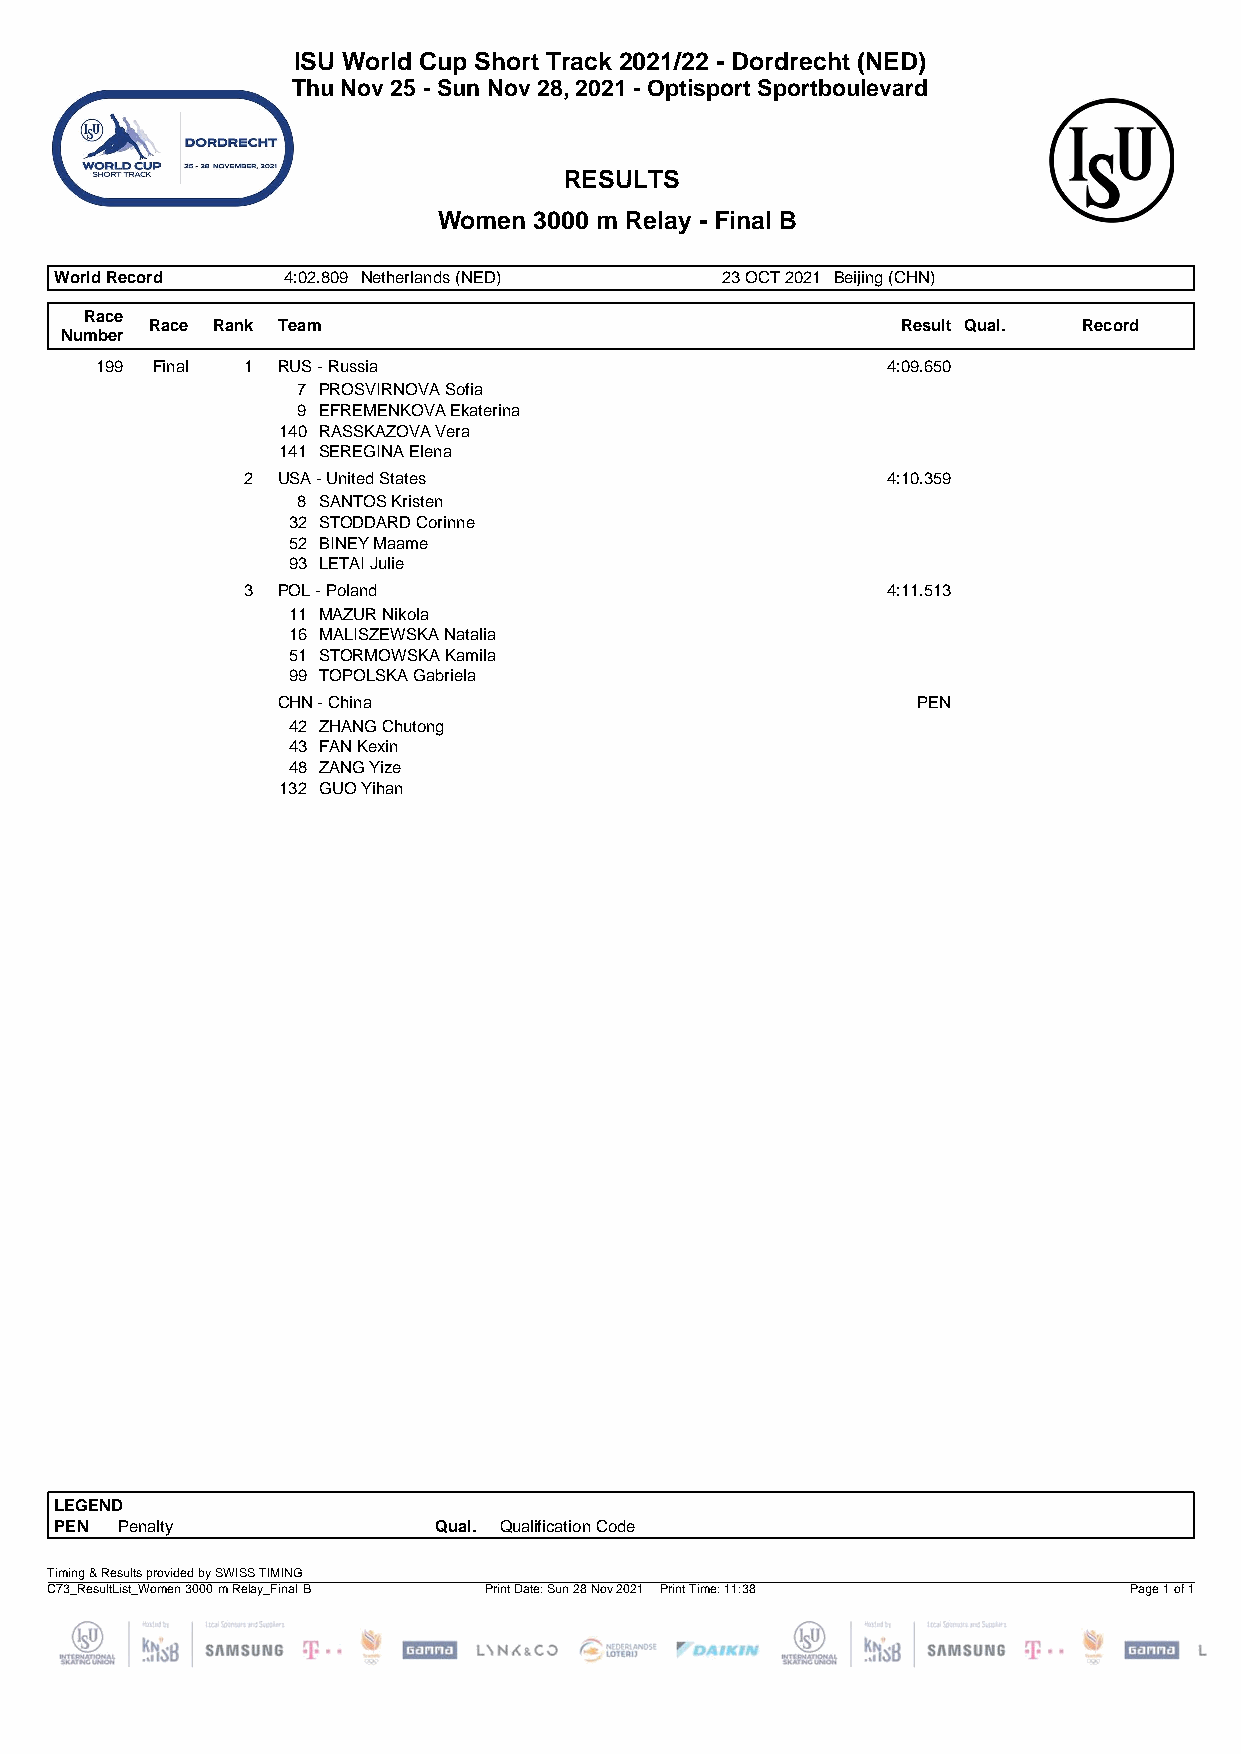
ISU World Cup Short Track 2021/22 - Dordrecht (NED)
 Thu Nov 25 - Sun Nov 28, 2021 - Optisport Sportboulevard
 RESULTS
 Women 3000 m Relay - Final B
 World Record   4:02.809 Netherlands (NED)   23 OCT 2021 Beijing (CHN)
 Race
 Race Rank Team                                    Result Qual. Record
 Number
 199 Final 1 RUS - Russia                             4:09.650
 7 PROSVIRNOVA Sofia
 9 EFREMENKOVA Ekaterina
 140 RASSKAZOVA Vera
 141 SEREGINA Elena
 2 USA - United States                      4:10.359
 8 SANTOS Kristen
 32 STODDARD Corinne
 52 BINEY Maame
 93 LETAI Julie
 3 POL - Poland                             4:11.513
 11 MAZUR Nikola
 16 MALISZEWSKA Natalia
 51 STORMOWSKA Kamila
 99 TOPOLSKA Gabriela
 CHN - China                                PEN
 42 ZHANG Chutong
 43 FAN Kexin
 48 ZANG Yize
 132 GUO Yihan
 LEGEND
 PEN Penalty              Qual. Qualification Code
 Timing & Results provided by SWISS TIMING
 C73_ResultList_Women 3000 m Relay_Final B Print Date: Sun 28 Nov 2021 Print Time: 11:38 Page 1 of 1